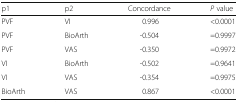
| p1 | p2 | Concordance | P value |
 | --- | --- | --- | --- |
 | PVF | VI | 0.996 | <0.0001 |
 | PVF | BioArth | -0.504 | =0.9997 |
 | PVF | VAS | -0.350 | =0.9972 |
 | VI | BioArth | -0.502 | =0.9641 |
 | VI | VAS | -0.354 | =0.9975 |
 | BioArth | VAS | 0.867 | <0.0001 |